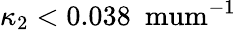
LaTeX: \kappa_{2}<0.038~\mathrm{\ mum^{-1}}